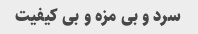
سرد و بی مزه و بی کیفیت